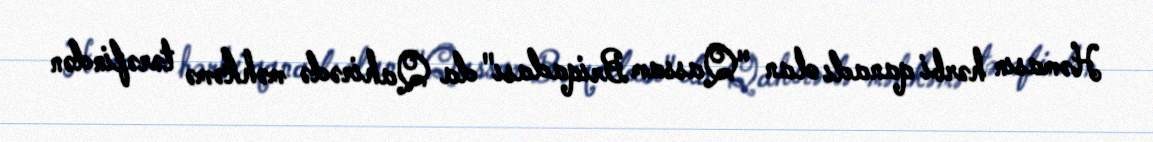
Həmasın hərbi qanadı olan "Qassam Briqadası" da Qahirədə məhkəmə tərəfindən